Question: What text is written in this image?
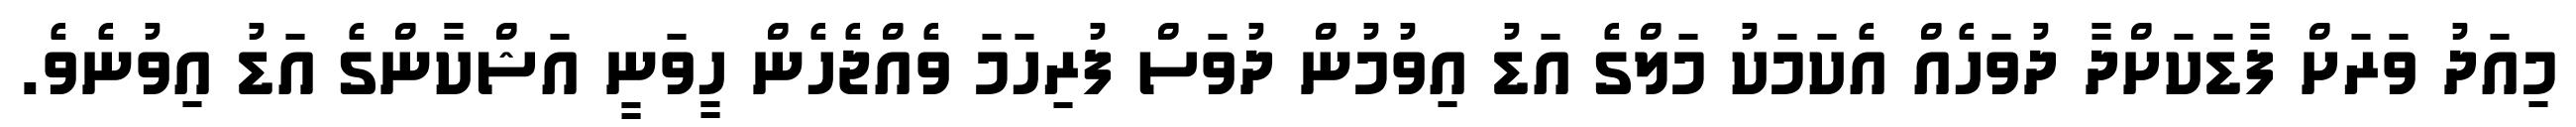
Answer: މިއަދު ވަރަށް ފާޑަކަށްދާ ދުވަހެއް އެކަމަކު މަލްގެ އަޑު އިވުމުން ދުވަސް ފުރިހަމަ ވެއްޖެހެން ހީވަނީ އަޝްކާންގެ އަޑު އިވުނެވެ.